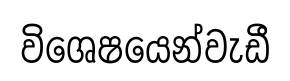
විශෙෂයෙන්වැඩී